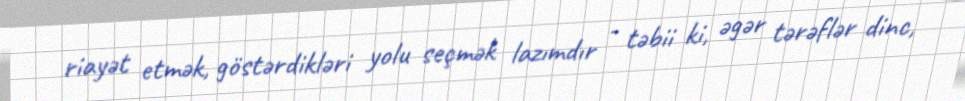
riayət etmək, göstərdikləri yolu seçmək lazımdır - təbii ki, əgər tərəflər dinc,